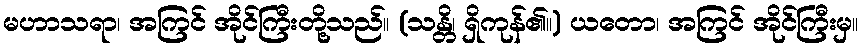
မဟာသရာ၊ အကြင် အိုင်ကြီးတို့သည်။ (သန္တိ၊ ရှိကုန်၏။) ယတော၊ အကြင် အိုင်ကြီးမှ။